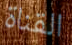
القناة